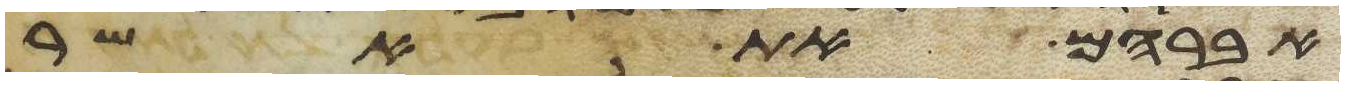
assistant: אברהם את אשר